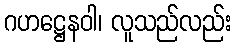
ဂဟဋ္ဌေနဝါ၊ လူသည်လည်း